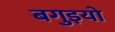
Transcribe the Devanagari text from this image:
बगुइयो